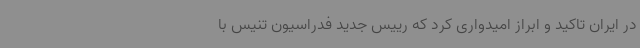
در ایران تاکید و ابراز امیدواری کرد که رییس جدید فدراسیون تنیس با